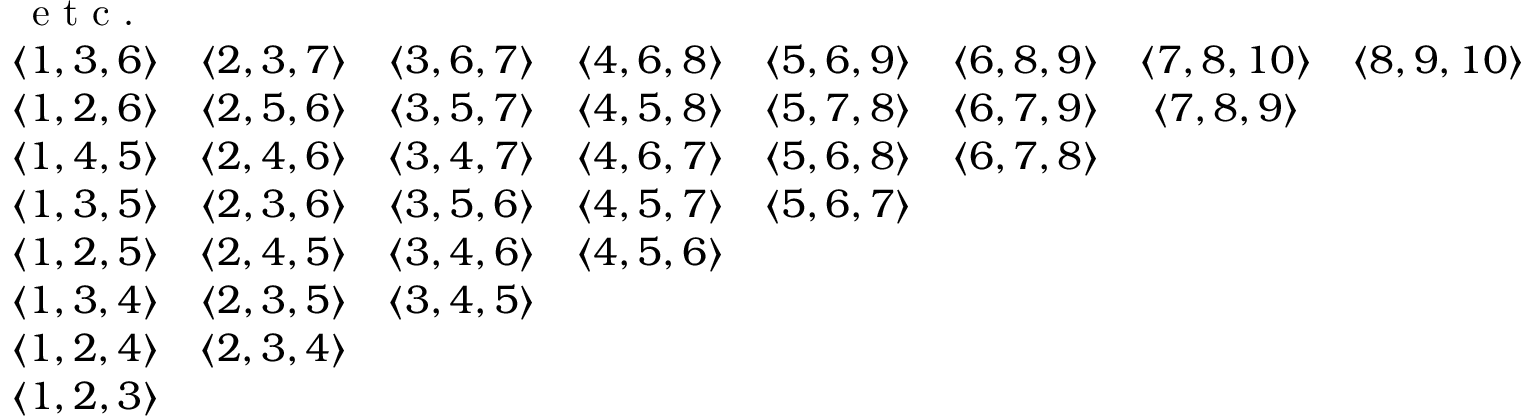
\begin{array} { c c c c c c c c c } { \textmd { e t c . } } & & & & & & & & \\ { \langle 1 , 3 , 6 \rangle } & { \langle 2 , 3 , 7 \rangle } & { \langle 3 , 6 , 7 \rangle } & { \langle 4 , 6 , 8 \rangle } & { \langle 5 , 6 , 9 \rangle } & { \langle 6 , 8 , 9 \rangle } & { \langle 7 , 8 , 1 0 \rangle } & { \langle 8 , 9 , 1 0 \rangle } & \\ { \langle 1 , 2 , 6 \rangle } & { \langle 2 , 5 , 6 \rangle } & { \langle 3 , 5 , 7 \rangle } & { \langle 4 , 5 , 8 \rangle } & { \langle 5 , 7 , 8 \rangle } & { \langle 6 , 7 , 9 \rangle } & { \langle 7 , 8 , 9 \rangle } & & \\ { \langle 1 , 4 , 5 \rangle } & { \langle 2 , 4 , 6 \rangle } & { \langle 3 , 4 , 7 \rangle } & { \langle 4 , 6 , 7 \rangle } & { \langle 5 , 6 , 8 \rangle } & { \langle 6 , 7 , 8 \rangle } & & & \\ { \langle 1 , 3 , 5 \rangle } & { \langle 2 , 3 , 6 \rangle } & { \langle 3 , 5 , 6 \rangle } & { \langle 4 , 5 , 7 \rangle } & { \langle 5 , 6 , 7 \rangle } & & & & \\ { \langle 1 , 2 , 5 \rangle } & { \langle 2 , 4 , 5 \rangle } & { \langle 3 , 4 , 6 \rangle } & { \langle 4 , 5 , 6 \rangle } & & & & & \\ { \langle 1 , 3 , 4 \rangle } & { \langle 2 , 3 , 5 \rangle } & { \langle 3 , 4 , 5 \rangle } & & & & & & \\ { \langle 1 , 2 , 4 \rangle } & { \langle 2 , 3 , 4 \rangle } & & & & & & & \\ { \langle 1 , 2 , 3 \rangle } & & & & & & & & \end{array}